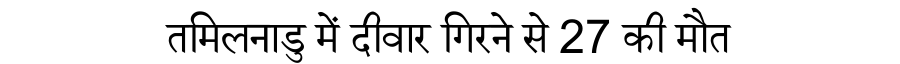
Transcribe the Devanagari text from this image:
तमिलनाडु में दीवार गिरने से 27 की मौत